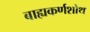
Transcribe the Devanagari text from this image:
बाह्यकर्णशोथ